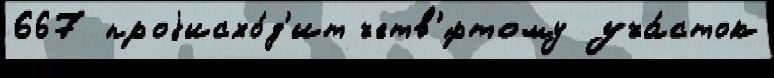
667 проjисхо́д'ит четв'́ртому уча́сток